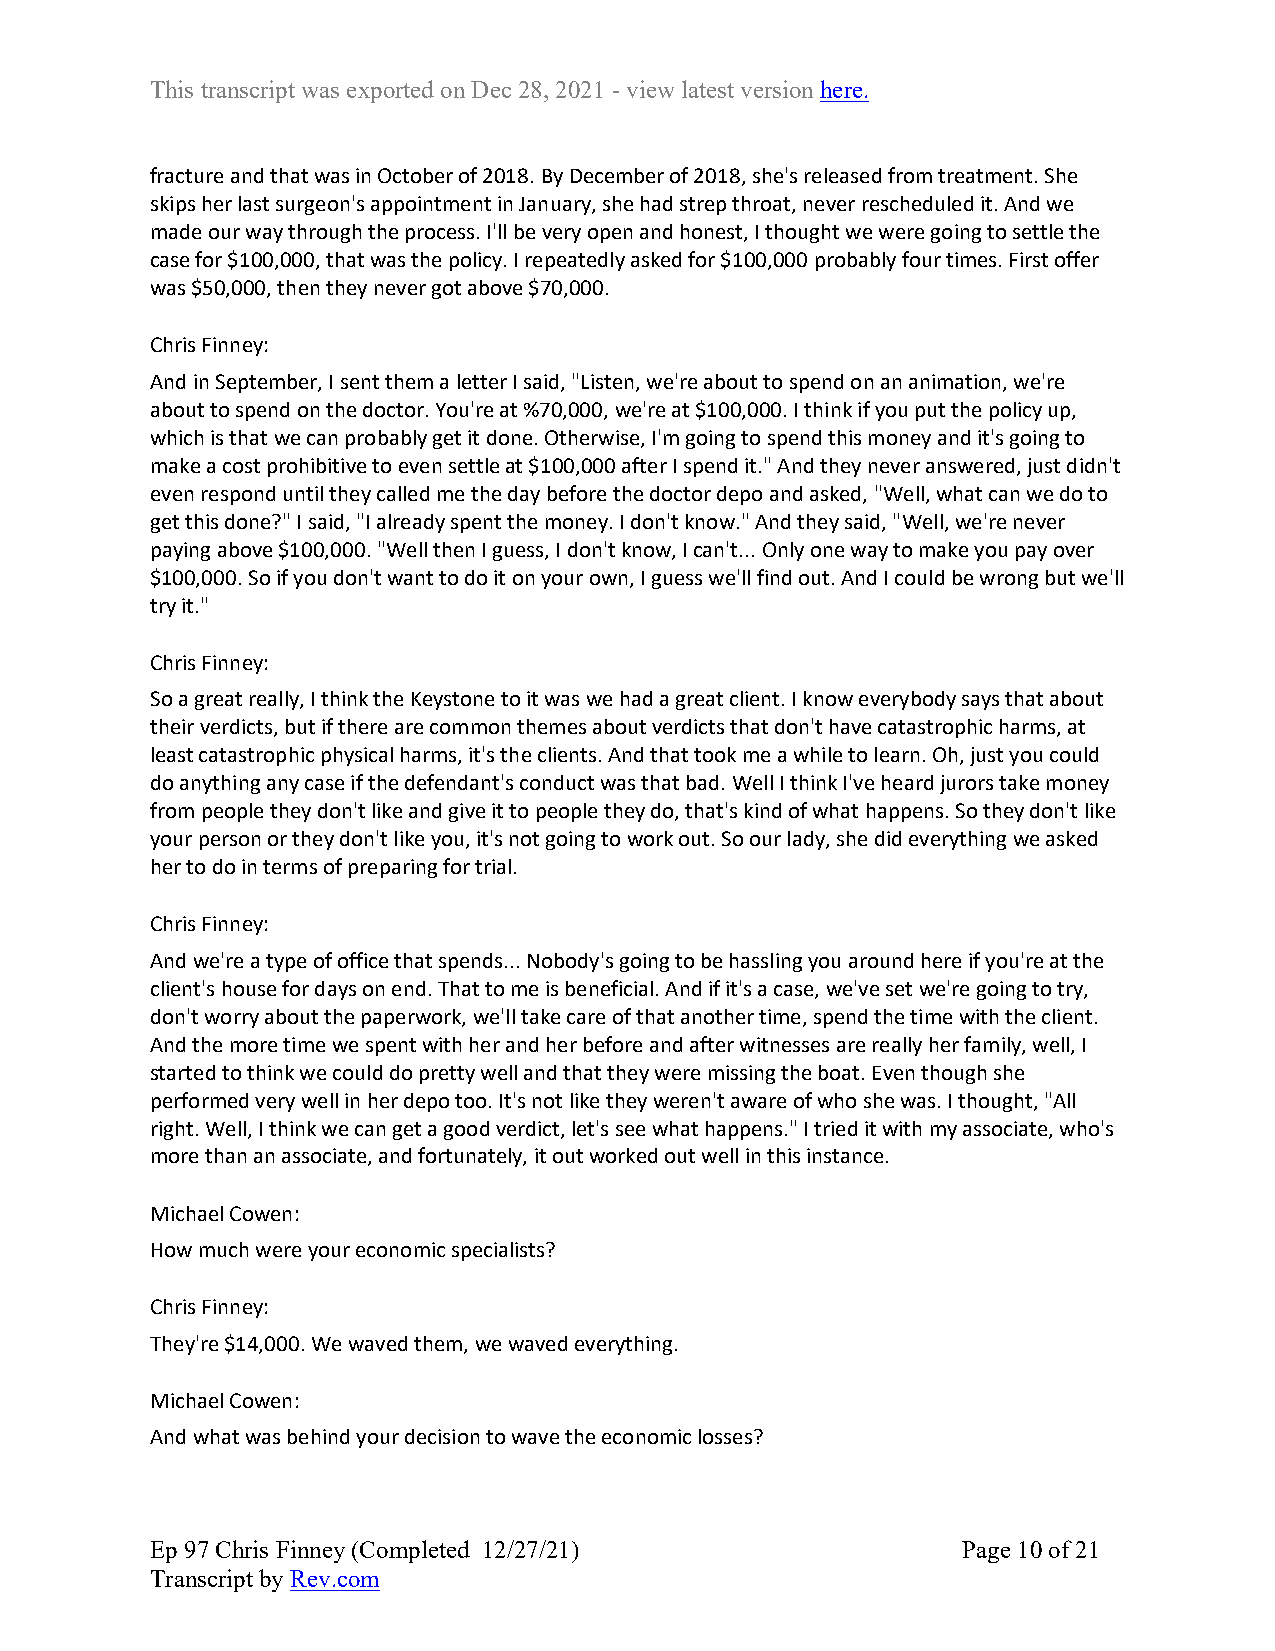
This transcript was exported on Dec 28, 2021 - view latest version here.
 fracture and that was in October of 2018. By December of 2018, she's released from treatment. She
 skips her last surgeon's appointment in January, she had strep throat, never rescheduled it. And we
 made our way through the process. I'll be very open and honest, I thought we were going to settle the
 case for $100,000, that was the policy. I repeatedly asked for $100,000 probably four times. First offer
 was $50,000, then they never got above $70,000.
 Chris Finney:
 And in September, I sent them a letter I said, "Listen, we're about to spend on an animation, we're
 about to spend on the doctor. You're at %70,000, we're at $100,000. I think if you put the policy up,
 which is that we can probably get it done. Otherwise, I'm going to spend this money and it's going to
 make a cost prohibitive to even settle at $100,000 after I spend it." And they never answered, just didn't
 even respond until they called me the day before the doctor depo and asked, "Well, what can we do to
 get this done?" I said, "I already spent the money. I don't know." And they said, "Well, we're never
 paying above $100,000. "Well then I guess, I don't know, I can't... Only one way to make you pay over
 $100,000. So if you don't want to do it on your own, I guess we'll find out. And I could be wrong but we'll
 try it."
 Chris Finney:
 So a great really, I think the Keystone to it was we had a great client. I know everybody says that about
 their verdicts, but if there are common themes about verdicts that don't have catastrophic harms, at
 least catastrophic physical harms, it's the clients. And that took me a while to learn. Oh, just you could
 do anything any case if the defendant's conduct was that bad. Well I think I've heard jurors take money
 from people they don't like and give it to people they do, that's kind of what happens. So they don't like
 your person or they don't like you, it's not going to work out. So our lady, she did everything we asked
 her to do in terms of preparing for trial.
 Chris Finney:
 And we're a type of office that spends... Nobody's going to be hassling you around here if you're at the
 client's house for days on end. That to me is beneficial. And if it's a case, we've set we're going to try,
 don't worry about the paperwork, we'll take care of that another time, spend the time with the client.
 And the more time we spent with her and her before and after witnesses are really her family, well, I
 started to think we could do pretty well and that they were missing the boat. Even though she
 performed very well in her depo too. It's not like they weren't aware of who she was. I thought, "All
 right. Well, I think we can get a good verdict, let's see what happens." I tried it with my associate, who's
 more than an associate, and fortunately, it out worked out well in this instance.
 Michael Cowen:
 How much were your economic specialists?
 Chris Finney:
 They're $14,000. We waved them, we waved everything.
 Michael Cowen:
 And what was behind your decision to wave the economic losses?
 Ep 97 Chris Finney (Completed 12/27/21)               Page 10 of 21
 Transcript by Rev.com